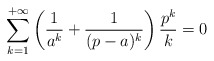
\begin{align*}\sum_{k = 1}^{+ \infty} \left(\frac{1}{a^k} + \frac{1}{(p - a)^k}\right) \frac{p^k}{k} = 0\end{align*}